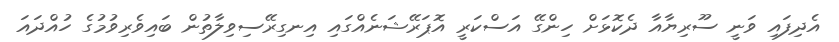
އެދިފައި ވަނީ ސޫރިޔާއާ ދެކޮޅަށް ހިންގޭ އަސްކަރީ އޮޕަރޭޝަނެއްގައި އިނގިރޭސިވިލާތުން ބައިވެރިވުމުގެ ހުއްދައަ